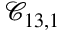
\mathcal { C } _ { 1 3 , 1 }